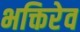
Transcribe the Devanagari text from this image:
भक्तिरेव